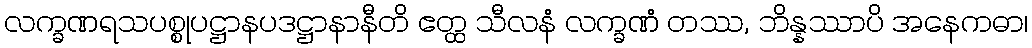
လက္ခဏရသပစ္စုပဋ္ဌာနပဒဋ္ဌာနာနီတိ ဧတ္ထ သီလနံ လက္ခဏံ တဿ, ဘိန္နဿာပိ အနေကဓာ၊